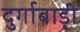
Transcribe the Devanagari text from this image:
दुर्गाबाड़ी